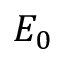
E _ { 0 }